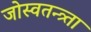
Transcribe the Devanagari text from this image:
जोस्वतन्त्र्ता